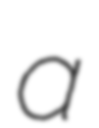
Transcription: a